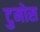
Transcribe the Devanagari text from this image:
टुमोस